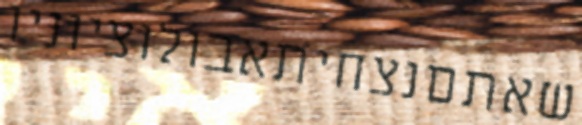
שאתםנצחיתאבולוציוניו